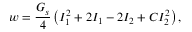
w = \frac { G _ { s } } { 4 } \left( I _ { 1 } ^ { 2 } + 2 I _ { 1 } - 2 I _ { 2 } + C I _ { 2 } ^ { 2 } \right) ,